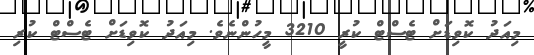
މިއަދު ކޮވިޑަށް ޓެސްޓް ކުރީ 3210 މީހުންނެވެ. މިއަދު ކޮވިޑަށް ޓެސްޓް ކުރި